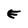
Character: E